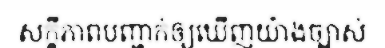
សក្ខីភាពបញ្ជាក់ឲ្យឃើញយ៉ាងច្បាស់